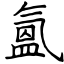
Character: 氳